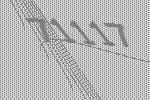
71117